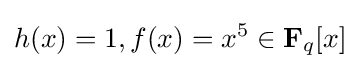
h(x)=1,f(x)=x^{5}\in {\bf {F}}_{q}[x]